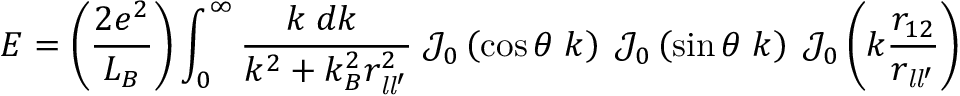
E = \left( { \frac { 2 e ^ { 2 } } { L _ { B } } } \right) \int _ { 0 } ^ { \infty } { \frac { k \; d k \; } { k ^ { 2 } + k _ { B } ^ { 2 } r _ { { \mathit { l } } { \mathit { l } } ^ { \prime } } ^ { 2 } } } \; { \mathcal { J } } _ { 0 } \left( \cos \theta \; k \right) \; { \mathcal { J } } _ { 0 } \left( \sin \theta \; k \right) \; { \mathcal { J } } _ { 0 } \left( k { \frac { r _ { 1 2 } } { r _ { { \mathit { l } } { \mathit { l } } ^ { \prime } } } } \right)